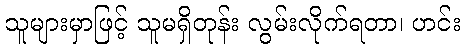
သူများမှာဖြင့် သူမရှိတုန်း လွမ်းလိုက်ရတာ၊ ဟင်း